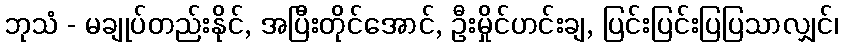
ဘုသံ - မချုပ်တည်းနိုင်, အပြီးတိုင်အောင်, ဦးမှိုင်ဟင်းချ, ပြင်းပြင်းပြပြသာလျှင်၊